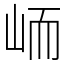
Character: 峏